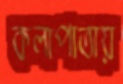
কলাপাতায়